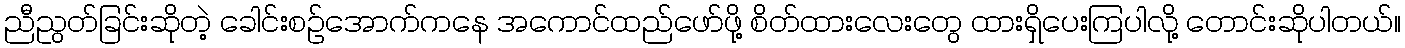
ညီညွတ်ခြင်းဆိုတဲ့ ခေါင်းစဉ်အောက်ကနေ အကောင်ထည်ဖော်ဖို့ စိတ်ထားလေးတွေ ထားရှိပေးကြပါလို့ တောင်းဆိုပါတယ်။